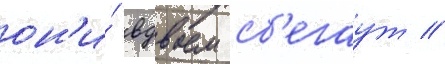
он'и́ вдвоем сб'егаут //